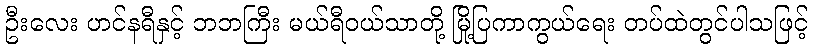
ဦးလေး ဟင်နရီနှင့် ဘဘကြီး မယ်ရီဝယ်သာတို့ မြို့ပြကာကွယ်ရေး တပ်ထဲတွင်ပါသဖြင့်